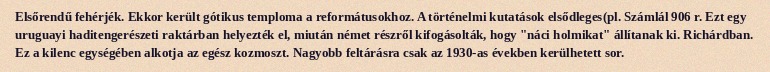
Elsőrendű fehérjék. Ekkor került gótikus temploma a reformátusokhoz. A történelmi kutatások elsődleges(pl. Számlál 906 r. Ezt egy uruguayi haditengerészeti raktárban helyezték el, miután német részről kifogásolták, hogy "náci holmikat" állítanak ki. Richárdban. Ez a kilenc egységében alkotja az egész kozmoszt. Nagyobb feltárásra csak az 1930-as években kerülhetett sor.